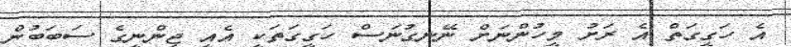
އެ ހަގީގަތް އެ ރަށު މީހުންނަށް ނޭނގުނަސް ހަގީގަތަކީ އެއީ ޖިންނީގެ ސަބަބުން